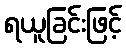
ရယူခြင်းဖြင့်